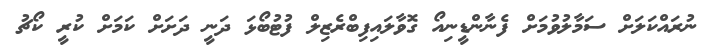
ނުރައްކަލަށް ސަމާލުވުމަށް ފެނާންޑީނިއޯ ގޮވާލައިފިބްރެޒިލް ފުޓުބޯޅަ ދަނީ ދަށަށް ކަމަށް ކުރީ ކޯޗު